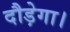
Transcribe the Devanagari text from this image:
दौड़ेगा।